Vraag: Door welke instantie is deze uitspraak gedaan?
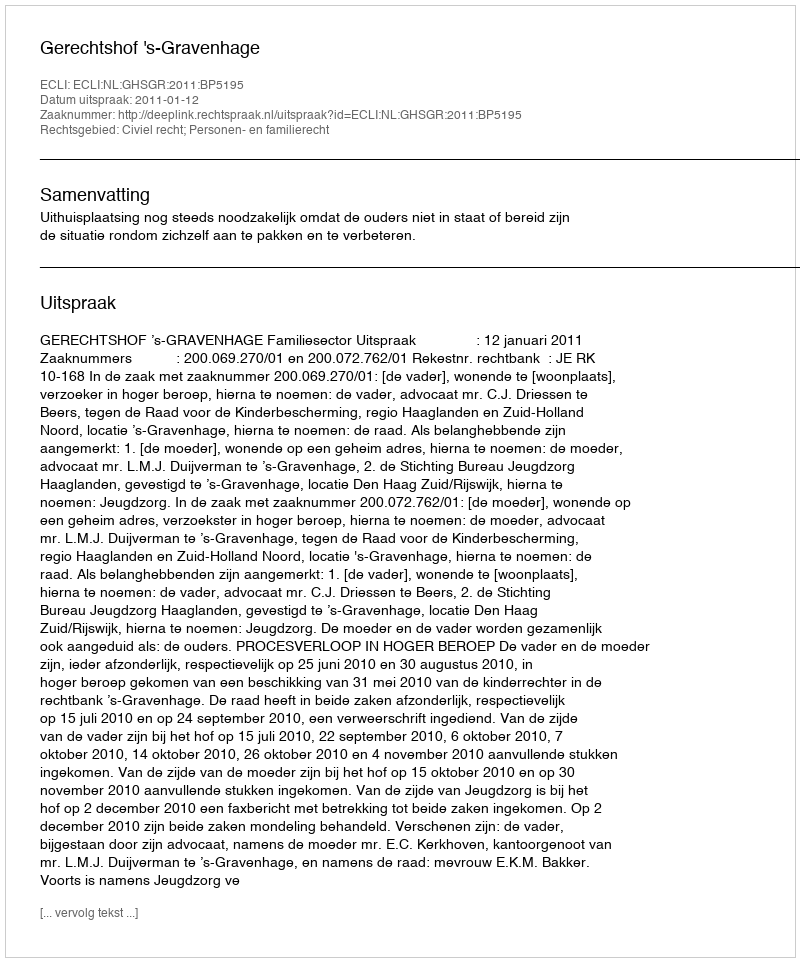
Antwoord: Gerechtshof 's-Gravenhage